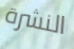
النشرة